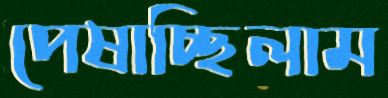
পেষাচ্ছিলাম